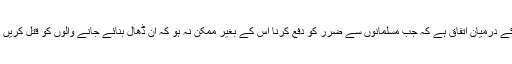
اسی بنا پر فقہا کے درمیان اتفاق ہے کہ جب مسلمانوں سے ضرر کو دفع کرنا اس کے بغیر ممکن نہ ہو کہ ان ڈھال بنائے جانے والوں کو قتل کریں تو یہ جائز ہوگا۔